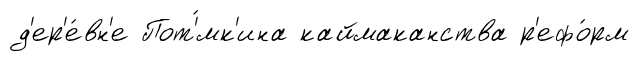
д'ер'е́вн'е Пот'́мк'ина каймаканства р'ефо́рм